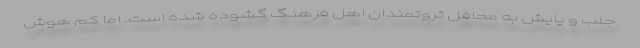
جلب و پایش به محافل ثروتمندان اهل فرهنگ گشوده شده است. اما کم هوش